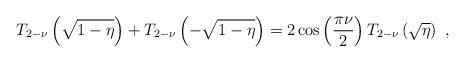
LaTeX: \begin{align*}T_{2-\nu}\left(\sqrt{1-\eta}\right)+T_{2-\nu}\left(-\sqrt{1-\eta}\right)=2\cos\left(\frac{\pi\nu}{2}\right)T_{2-\nu}\left(\sqrt{\eta}\right)\ ,\end{align*}